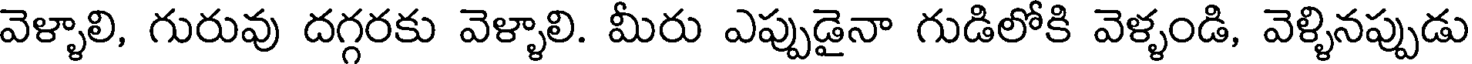
వెళ్ళాలి, గురువు దగ్గరకు వెళ్ళాలి. మీరు ఎప్పుడైనా గుడిలోకి వెళ్ళండి, వెళ్ళినప్పుడు